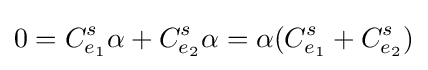
0=C_{e_{1}}^{s}\alpha +C_{e_{2}}^{s}\alpha =\alpha (C_{e_{1}}^{s}+C_{e_{2}}^{s})